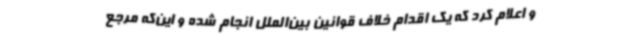
و اعلام کرد که یک اقدام خلاف قوانین بین‌الملل انجام شده و این‌که مرجع